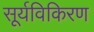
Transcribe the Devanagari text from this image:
सूर्यविकिरण